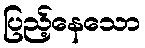
ပြည့်နေသော